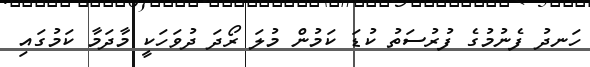
ހަނދު ފެނުމުގެ ފުރުސަތު ކުޑަ ކަމުން މުލަ ރޯދަ ދުވަހަކީ މާދަމާ ކަމުގައި